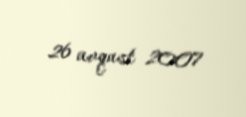
26 avqust 2007